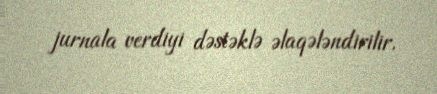
jurnala verdiyi dəstəklə əlaqələndirilir.